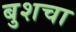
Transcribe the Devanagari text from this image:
बुशचा